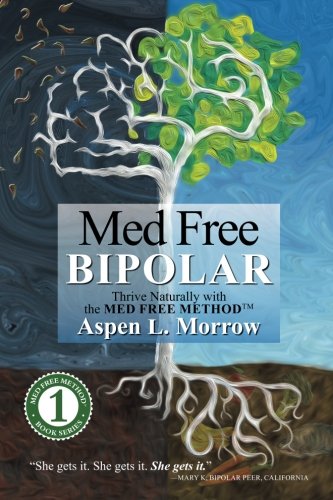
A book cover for Med Free Bipolar: Thrive Naturally with the Med Free Method(TM) (Med Free Method Book Series) (Volume 1); Aspen L Morrow; Health, Fitness & Dieting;